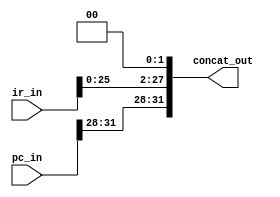
// Combines PC, IR and b00
module concat(pc_in, ir_in, concat_out);
input[31:0] pc_in;
input[31:0] ir_in;
output[31:0] concat_out; 

assign concat_out = {pc_in[31:28],ir_in[25:0],2'b0};

endmodule 

module test_concat;
wire[31:0] concat_out;
reg[31:0] pc_in, ir_in;

concat concat_stuff (pc_in, ir_in, concat_out);

initial begin
$display("pc  ir | cc");
pc_in={4'b1111,28'b0};
ir_in={6'b0,26'b11111111111111111111111111}; 
#1000 
$display("%b  %b | %b", pc_in, ir_in, concat_out);   
end
endmodule